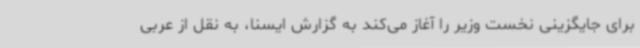
برای جایگزینی نخست وزیر را آغاز می‌کند به گزارش ایسنا، به نقل از عربی